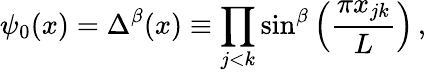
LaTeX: \psi_{0}(x)=\Delta^{\beta}(x)\equiv\prod_{j<k}\sin^{\beta}\left(\frac{\pi x_{jk}}{L}\right)\, ,